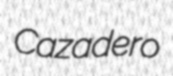
Cazadero